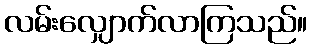
လမ်းလျှောက်လာကြသည်။